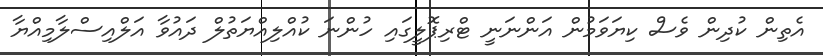
އެތިން ކުދިން ވެސް ކިޔަވަމުން އަންނަނީ ޓްރިޕޮލީގައި ހުންނަ ކުއްލިއްޔަތުލް ދައުވާ އަލްއިސްލާމިއްޔާ